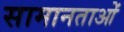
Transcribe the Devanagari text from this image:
सामानताओं